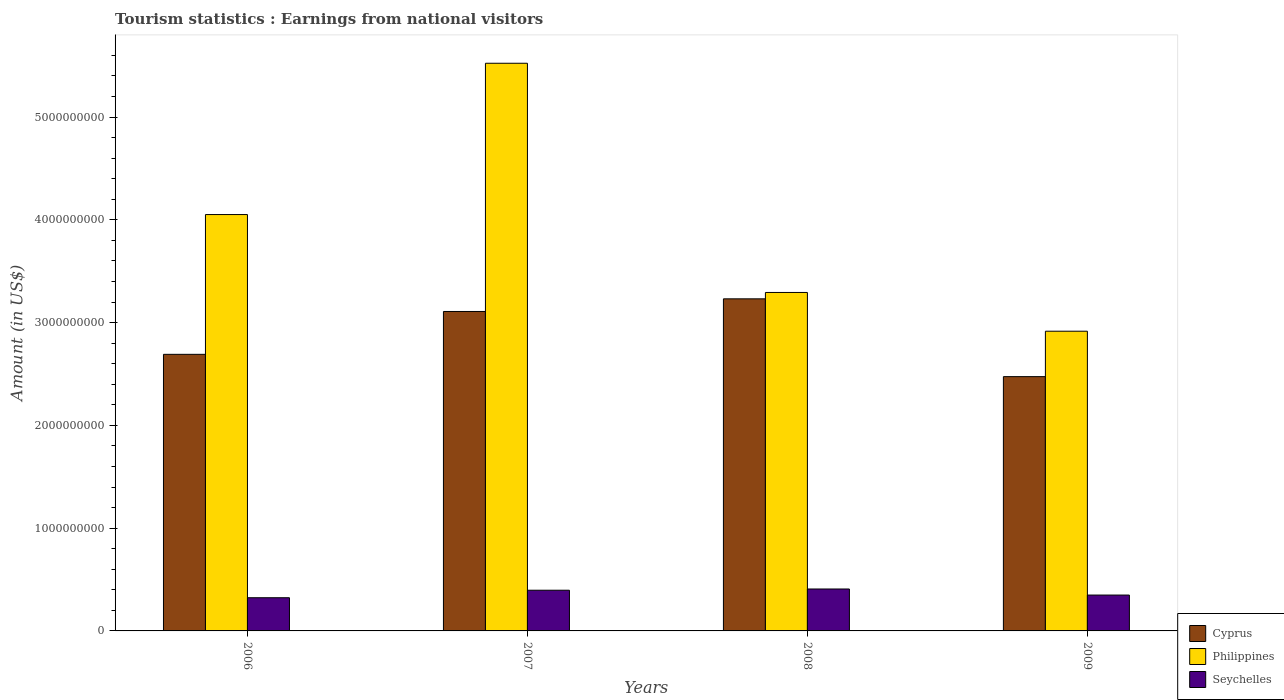
| Years | Cyprus | Philippines | Seychelles |
 | --- | --- | --- | --- |
 | 2006 | 2.69e+09 | 4.05e+09 | 3.23e+08 |
 | 2007 | 3.11e+09 | 5.52e+09 | 3.96e+08 |
 | 2008 | 3.23e+09 | 3.29e+09 | 4.08e+08 |
 | 2009 | 2.47e+09 | 2.92e+09 | 3.49e+08 |